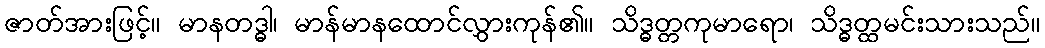
ဇာတ်အားဖြင့်။ မာနတဒ္ဓါ၊ မာန်မာနထောင်လွှားကုန်၏။ သိဒ္ဓတ္တကုမာရော၊ သိဒ္ဓတ္ထမင်းသားသည်။